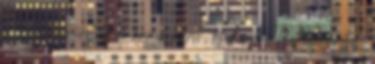
a zsírt, ráöntjük a combokra, és kevés vizet aláöntve,